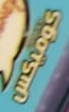
كوميكس